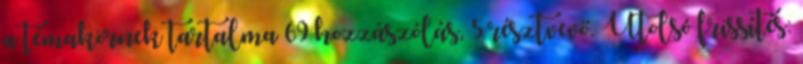
a témakörnek tartalma 69 hozzászólás, 5 résztvevő. Utolsó frissítés: